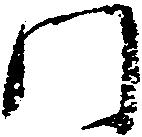
門